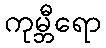
ကုမ္ဘီရော